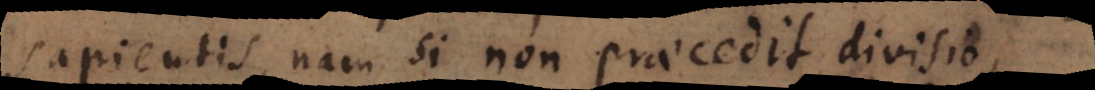
sapientis, nam si non praecedit divisio,